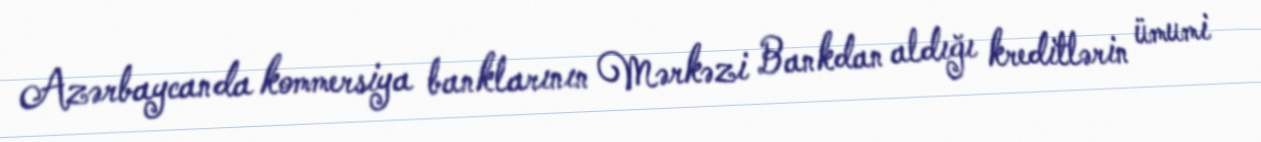
Azərbaycanda kommersiya banklarının Mərkəzi Bankdan aldığı kreditlərin ümumi